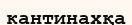
кантинахқа